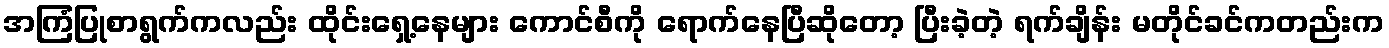
အကြံပြုစာရွက်ကလည်း ထိုင်းရှေ့နေများ ကောင်စီကို ရောက်နေပြီဆိုတော့ ပြီးခဲ့တဲ့ ရက်ချိန်း မတိုင်ခင်ကတည်းက